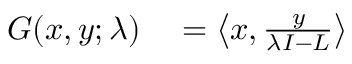
\begin{array} { r l } { G ( x , y ; \lambda ) } & { { } = \left\langle x , { \frac { y } { \lambda I - L } } \right\rangle } \end{array}